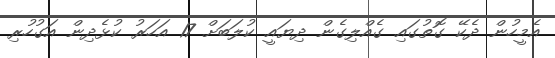
އެމީހުން ދެކޭ ގޮތުގައި ގެއްލިގެން ދިޔައީ ކުލަބަށް 17 އަހަރު ކުޅެދިން އަގުހުރި